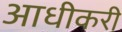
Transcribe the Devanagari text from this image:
आधीकरी